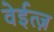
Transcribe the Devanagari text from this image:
वेईत्ज़